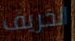
الخريف